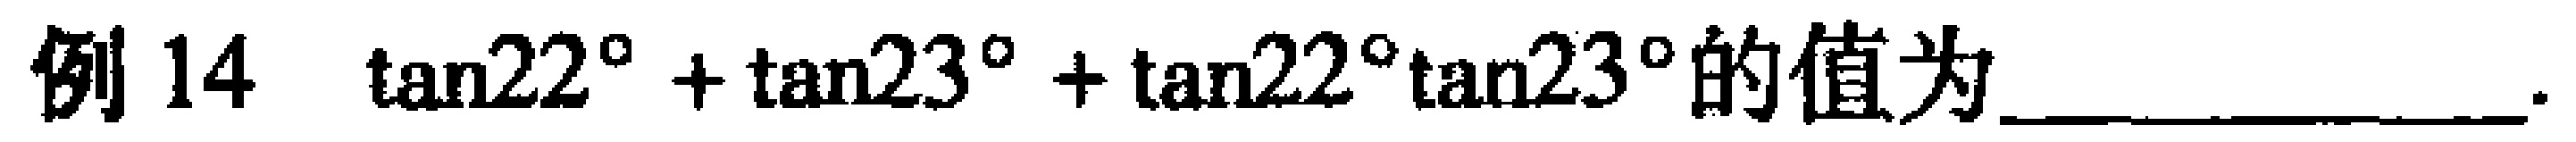
例 14 $\tan222^{\circ}+\tan23^{\circ}+\tan222^{\circ}\tan23^{\circ}$的值为________________.